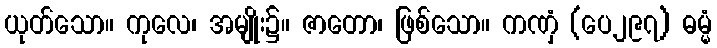
ယုတ်သော။ ကုလေ၊ အမျိုး၌။ ဇာတော၊ ဖြစ်သော။ ကဏှံ (ပေ၂၉၇) ဓမ္မံ